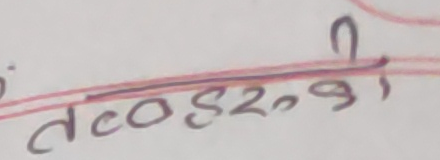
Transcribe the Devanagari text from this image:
तट ०५२, की